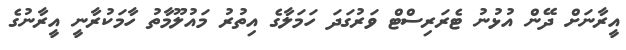
އީރާނަށް ދޭން އުޅުނު ޓެރަރިސްޓް ވަރުގަދަ ހަމަލާގެ އިތުރު މައުލޫމާތު ހާމަކުރާނީ އީރާނުގެ